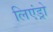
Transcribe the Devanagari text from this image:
लिएंड्रो